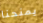
يمنحنا